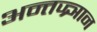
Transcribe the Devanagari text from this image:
अन्तज्र्ञान